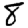
Digit: 8